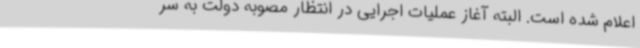
اعلام شده است. البته آغاز عملیات اجرایی در انتظار مصوبه دولت به سر